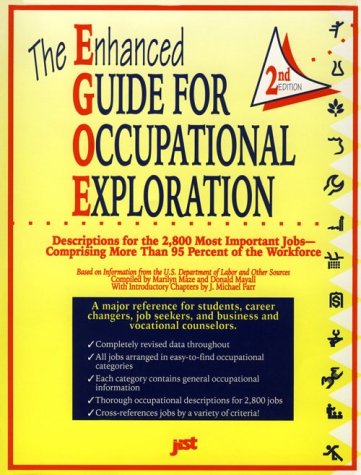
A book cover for The Enhanced Guide for Occupational Exploration: Descriptions for the 2,800 Most Important Jobs; Marilyn Maze Ruxton; Reference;